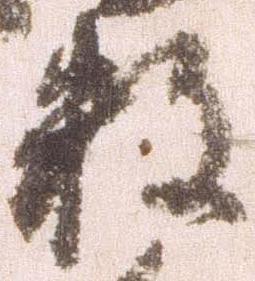
数